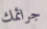
جرائمك